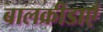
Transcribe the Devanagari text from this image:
बालक्रीडाएँ